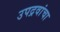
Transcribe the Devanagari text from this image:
उपद्रवांचा